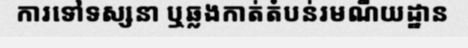
ការទៅទស្សនា ឬឆ្លងកាត់តំបន់រមណីយដ្ឋាន